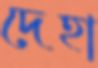
দেহা